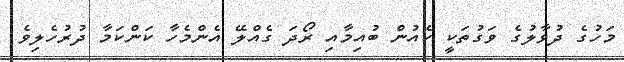
މަހުގެ ދުވާލުގެ ވަގުތަކީ ކެއުން ބުއިމާއި ރޯދަ ގެއްލޭ އެންމެހާ ކަންކަމާ ދުރުހެލިވެ